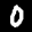
Label: 0